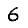
Digit: 6